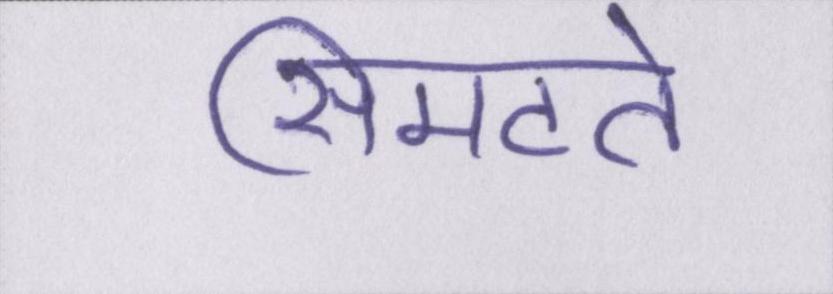
सिमटते